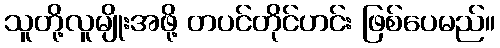
သူတို့လူမျိုးအဖို့ တပင်တိုင်ဟင်း ဖြစ်ပေမည်။